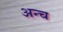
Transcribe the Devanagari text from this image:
अन्च